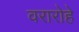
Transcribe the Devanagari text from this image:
वरारोहे